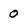
Character: 0